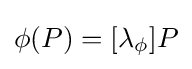
\phi (P)=[\lambda _{\phi }]P